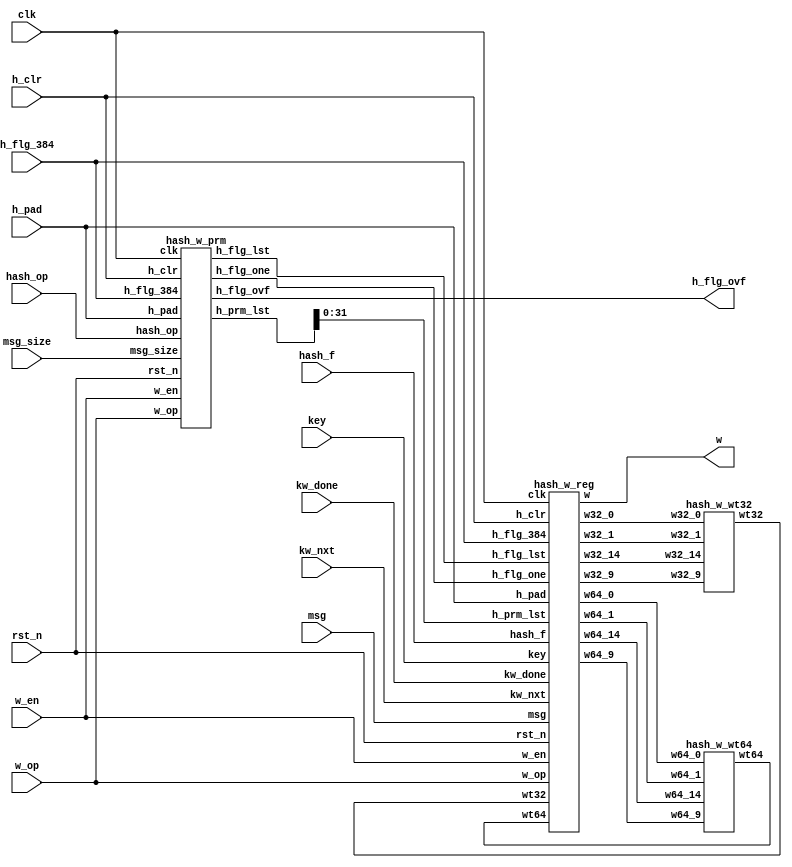
module hash_w (/*AUTOARG*/
   // Outputs
   w, h_flg_ovf,
   // Inputs
   w_op, w_en, rst_n, msg_size, msg, kw_nxt, kw_done, key, hash_op, hash_f,
   h_pad, h_flg_384, h_clr, clk
   ) ;
   /*AUTOINPUT*/
   // Beginning of automatic inputs (from unused autoinst inputs)
   input                clk;                    // To MR of hash_w_reg.v, ...
   input                h_clr;                  // To MR of hash_w_reg.v, ...
   input                h_flg_384;              // To MR of hash_w_reg.v, ...
   input                h_pad;                  // To MR of hash_w_reg.v, ...
   input [511:0]        hash_f;                 // To MR of hash_w_reg.v
   input [3:2]          hash_op;                // To PR of hash_w_prm.v
   input [511:0]        key;                    // To MR of hash_w_reg.v
   input                kw_done;                // To MR of hash_w_reg.v
   input                kw_nxt;                 // To MR of hash_w_reg.v
   input [1023:0]       msg;                    // To MR of hash_w_reg.v
   input [31:0]         msg_size;               // To PR of hash_w_prm.v
   input                rst_n;                  // To MR of hash_w_reg.v, ...
   input                w_en;                   // To MR of hash_w_reg.v, ...
   input [1:0]          w_op;                   // To MR of hash_w_reg.v, ...
   // End of automatics
   /*AUTOOUTPUT*/
   // Beginning of automatic outputs (from unused autoinst outputs)
   output               h_flg_ovf;              // From PR of hash_w_prm.v
   output [63:0]        w;                      // From MR of hash_w_reg.v
   // End of automatics
   /*AUTOREG*/
   /*AUTOWIRE*/
   // Beginning of automatic wires (for undeclared instantiated-module outputs)
   wire                 h_flg_lst;              // From PR of hash_w_prm.v
   wire                 h_flg_one;              // From PR of hash_w_prm.v
   wire [32:0]          h_prm_lst;              // From PR of hash_w_prm.v
   wire [31:0]          w32_0;                  // From MR of hash_w_reg.v
   wire [31:0]          w32_1;                  // From MR of hash_w_reg.v
   wire [31:0]          w32_14;                 // From MR of hash_w_reg.v
   wire [31:0]          w32_9;                  // From MR of hash_w_reg.v
   wire [63:0]          w64_0;                  // From MR of hash_w_reg.v
   wire [63:0]          w64_1;                  // From MR of hash_w_reg.v
   wire [63:0]          w64_14;                 // From MR of hash_w_reg.v
   wire [63:0]          w64_9;                  // From MR of hash_w_reg.v
   wire [31:0]          wt32;                   // From W3 of hash_w_wt32.v
   wire [63:0]          wt64;                   // From W6 of hash_w_wt64.v
   // End of automatics

   hash_w_reg  MR (/*AUTOINST*/
                   // Outputs
                   .w                   (w[63:0]),
                   .w64_0               (w64_0[63:0]),
                   .w64_1               (w64_1[63:0]),
                   .w64_9               (w64_9[63:0]),
                   .w64_14              (w64_14[63:0]),
                   .w32_0               (w32_0[31:0]),
                   .w32_1               (w32_1[31:0]),
                   .w32_9               (w32_9[31:0]),
                   .w32_14              (w32_14[31:0]),
                   // Inputs
                   .clk                 (clk),
                   .rst_n               (rst_n),
                   .msg                 (msg[1023:0]),
                   .key                 (key[511:0]),
                   .hash_f              (hash_f[511:0]),
                   .h_flg_384           (h_flg_384),
                   .h_flg_lst           (h_flg_lst),
                   .h_flg_one           (h_flg_one),
                   .h_prm_lst           (h_prm_lst[31:0]),
                   .h_clr               (h_clr),
                   .h_pad               (h_pad),
                   .w_op                (w_op[1:0]),
                   .w_en                (w_en),
                   .kw_done             (kw_done),
                   .kw_nxt              (kw_nxt),
                   .wt32                (wt32[31:0]),
                   .wt64                (wt64[63:0]));
   hash_w_wt32 W3 (/*AUTOINST*/
                   // Outputs
                   .wt32                (wt32[31:0]),
                   // Inputs
                   .w32_0               (w32_0[31:0]),
                   .w32_1               (w32_1[31:0]),
                   .w32_9               (w32_9[31:0]),
                   .w32_14              (w32_14[31:0]));
   hash_w_wt64 W6 (/*AUTOINST*/
                   // Outputs
                   .wt64                (wt64[63:0]),
                   // Inputs
                   .w64_0               (w64_0[63:0]),
                   .w64_1               (w64_1[63:0]),
                   .w64_9               (w64_9[63:0]),
                   .w64_14              (w64_14[63:0]));
   hash_w_prm  PR (/*AUTOINST*/
                   // Outputs
                   .h_flg_lst           (h_flg_lst),
                   .h_flg_ovf           (h_flg_ovf),
                   .h_flg_one           (h_flg_one),
                   .h_prm_lst           (h_prm_lst[32:0]),
                   // Inputs
                   .clk                 (clk),
                   .rst_n               (rst_n),
                   .msg_size            (msg_size[31:0]),
                   .h_clr               (h_clr),
                   .h_pad               (h_pad),
                   .hash_op             (hash_op[3:2]),
                   .w_op                (w_op[1:0]),
                   .w_en                (w_en),
                   .h_flg_384           (h_flg_384));


endmodule // hash_w

module hash_w_reg (/*AUTOARG*/
   // Outputs
   w, w64_0, w64_1, w64_9, w64_14, w32_0, w32_1, w32_9, w32_14,
   // Inputs
   clk, rst_n, msg, key, hash_f, h_flg_384, h_flg_lst, h_flg_one, h_prm_lst,
   h_clr, h_pad, w_op, w_en, kw_done, kw_nxt, wt32, wt64
   ) ;
   // System Input
   input          clk, rst_n;
   // External Input Data
   input [1023:0] msg;
   input [511:0]  key;
   input [511:0]  hash_f;
   // Parameter Input
   input          h_flg_384;
   input          h_flg_lst;
   input          h_flg_one;
   input [31:0]   h_prm_lst;
   // Cu
   input          h_clr;
   input          h_pad;
   input [1:0]    w_op;
   input          w_en;
   // KW OP
   input          kw_done;
   input          kw_nxt;
   input [31:0]   wt32;
   input [63:0]   wt64;
   // W Out
   output [63:0]  w;
   output [63:0]  w64_0;
   output [63:0]  w64_1;
   output [63:0]  w64_9;
   output [63:0]  w64_14;
   output [31:0]  w32_0;
   output [31:0]  w32_1;
   output [31:0]  w32_9;
   output [31:0]  w32_14;

   wire [63:0]    w64_0;
   wire [63:0]    w64_1;
   wire [63:0]    w64_9;
   wire [63:0]    w64_14;
   wire [31:0]    w32_0;
   wire [31:0]    w32_1;
   wire [31:0]    w32_9;
   wire [31:0]    w32_14;

   reg [1023:0]   wr_nxt;
   reg [7:0]      wr[0:127];
   reg [63:0]     w;


   assign w64_0  = {wr[  0],wr[  1],wr[  2],wr[  3],wr[  4],wr[  5],wr[  6],wr[  7]};
   assign w64_1  = {wr[  8],wr[  9],wr[ 10],wr[ 11],wr[ 12],wr[ 13],wr[ 14],wr[ 15]};
   assign w64_9  = {wr[ 72],wr[ 73],wr[ 74],wr[ 75],wr[ 76],wr[ 77],wr[ 78],wr[ 79]};
   assign w64_14 = {wr[112],wr[113],wr[114],wr[115],wr[116],wr[117],wr[118],wr[119]};

   assign w32_0  = {wr[ 0],wr[ 1],wr[ 2],wr[ 3]};
   assign w32_1  = {wr[ 4],wr[ 5],wr[ 6],wr[ 7]};
   assign w32_9  = {wr[36],wr[37],wr[38],wr[39]};
   assign w32_14 = {wr[56],wr[57],wr[58],wr[59]};

   wire [6:0]     h_prm_one;

   assign h_prm_one  = h_flg_384 ? h_prm_lst[6:0] : {1'b0, h_prm_lst[5:0]};

   localparam I_KPAD = 8'h36;
   localparam O_KPAD = 8'h5C;

   wire   [1023:0] key_pad;
   assign key_pad = {key, 512'd0};

   always @ (*) begin
      case (w_op)
        2'b00 : wr_nxt = msg;
        2'b01 : wr_nxt = key_pad ^ {128{I_KPAD}};
        2'b10 : wr_nxt = key_pad ^ {128{O_KPAD}};
        2'b11 : wr_nxt = {hash_f, 512'd0};
      endcase // case (w_op)
   end

   wire [7:0]   wra [0:127];

   genvar       gv;
   generate
      for(gv = 0 ; gv < 128 ; gv = gv + 1) begin : msg_array
         assign wra[gv] = wr_nxt[8*(128-gv)-1:8*(127-gv)];
      end
   endgenerate

   integer      i;

   always @ (posedge clk or negedge rst_n) begin
      if(!rst_n) begin
         for(i = 0 ; i < 128 ; i = i + 1) begin
            wr[i] <= 32'd0;
         end
      end else begin
         if(h_clr | kw_done) begin
            for(i = 0 ; i < 128 ; i = i + 1) begin
               wr[i] <= 8'h00;
            end
         end else if(w_en) begin
            for(i = 0 ; i < 128 ; i = i + 1) begin
               wr[i] <= wra[i];
            end
         end else if(h_pad) begin
            if(h_flg_one) begin
               wr[h_prm_one] <= 8'h80;
            end
            if(h_flg_lst) begin
               if(h_flg_384) begin
                  {wr[123], wr[124], wr[125], wr[126], wr[127]} <= {4'd0, h_prm_lst, 3'd0};
               end else begin
                  {wr[59], wr[60], wr[61], wr[62], wr[63]} <= {4'd0, h_prm_lst, 3'd0};
               end
            end
         end else if(kw_nxt) begin
            if(h_flg_384) begin
               for(i = 0 ; i < 120 ; i = i + 1) begin
                  wr[i] <= wr[i+8];
               end
               {wr[120],wr[121],wr[122],wr[123],wr[124],wr[125],wr[126],wr[127]} <= wt64;
            end else begin
               for(i = 0 ; i < 60 ; i = i + 1) begin
                  wr[i] <= wr[i+4];
               end
               {wr[60], wr[61], wr[62], wr[63]} <= wt32;
            end
         end
      end
   end

   always @ (*) begin
      if(h_flg_384) begin
         w = {wr[0],wr[1],wr[2],wr[3],wr[4],wr[5],wr[6],wr[7]};
      end else begin
         w = {wr[0],wr[1],wr[2],wr[3],32'd0};
      end
   end

endmodule // hash_w_reg

module hash_w_wt32 (/*AUTOARG*/
   // Outputs
   wt32,
   // Inputs
   w32_0, w32_1, w32_9, w32_14
   );
   input  [31:0]   w32_0;
   input  [31:0]   w32_1;
   input  [31:0]   w32_9;
   input  [31:0]   w32_14;
   output [31:0]   wt32;

   wire [31:0]     w32_1_ror7;
   wire [31:0]     w32_1_ror18;
   wire [31:0]     w32_1_rsh3;
   wire [31:0]     s32_0;
   wire [31:0]     w32_14_ror17;
   wire [31:0]     w32_14_ror19;
   wire [31:0]     w32_14_rsh10;
   wire [31:0]     s32_1;
   wire [31:0]     wt32;

   assign w32_1_ror7    = {w32_1[6:0] , w32_1[31:7]};
   assign w32_1_ror18   = {w32_1[17:0], w32_1[31:18]};
   assign w32_1_rsh3    = {3'b000  , w32_1[31:3]};
   assign s32_0         = w32_1_ror7 ^ w32_1_ror18 ^ w32_1_rsh3;
   assign w32_14_ror17  = {w32_14[16:0], w32_14[31:17]};
   assign w32_14_ror19  = {w32_14[18:0], w32_14[31:19]};
   assign w32_14_rsh10  = {10'd0, w32_14[31:10]};
   assign s32_1         = w32_14_ror17 ^ w32_14_ror19 ^ w32_14_rsh10;
   assign wt32          = w32_0 + s32_0 + w32_9 + s32_1;
endmodule // hash_w_wt32

module hash_w_wt64 (/*AUTOARG*/
   // Outputs
   wt64,
   // Inputs
   w64_0, w64_1, w64_9, w64_14
   );
   input  [63:0]   w64_0;
   input  [63:0]   w64_1;
   input  [63:0]   w64_9;
   input  [63:0]   w64_14;
   output [63:0]   wt64;

   wire [63:0]     w64_1_ror1;
   wire [63:0]     w64_1_ror8;
   wire [63:0]     w64_1_rsh7;
   wire [63:0]     s64_0;
   wire [63:0]     w64_14_ror19;
   wire [63:0]     w64_14_ror61;
   wire [63:0]     w64_14_rsh6;
   wire [63:0]     s64_1;
   wire [63:0]     wt64;

   assign w64_1_ror1    = {w64_1[0]   , w64_1[63:1]};
   assign w64_1_ror8    = {w64_1[7:0] , w64_1[63:8]};
   assign w64_1_rsh7    = {6'd0       , w64_1[63:7]};
   assign s64_0         = w64_1_ror1 ^ w64_1_ror8 ^ w64_1_rsh7;
   assign w64_14_ror19  = {w64_14[18:0], w64_14[63:19]};
   assign w64_14_ror61  = {w64_14[60:0], w64_14[63:61]};
   assign w64_14_rsh6   = {6'd0,         w64_14[63:6] };
   assign s64_1         = w64_14_ror19 ^ w64_14_ror61 ^ w64_14_rsh6;
   assign wt64          = w64_0 + s64_0 + w64_9 + s64_1;
endmodule // hash_w_wt64

module hash_w_prm (/*AUTOARG*/
   // Outputs
   h_flg_lst, h_flg_ovf, h_flg_one, h_prm_lst,
   // Inputs
   clk, rst_n, msg_size, h_clr, h_pad, hash_op, w_op, w_en, h_flg_384
   ) ;
   // System Input
   input          clk, rst_n;
   // External Input Data
   input [31:0]   msg_size;
   // Cu
   input          h_clr;
   input          h_pad;
   // W
   input [3:2]    hash_op;
   input [1:0]    w_op;
   input          w_en;

   input          h_flg_384;

   output         h_flg_lst;
   output         h_flg_ovf;
   output         h_flg_one;

   output [32:0]  h_prm_lst;

   /* Output Type */
   wire           h_flg_lst;
   wire           h_flg_one;
   wire           h_flg_ovf;

   reg [32:0]     h_prm_lst;


   /* Pad Flag Variable Assignment */
   // MSG SIZE PADDING Occure Overflow Flag
   reg            flg_ovf;

   always @ (posedge clk or negedge rst_n) begin
      if(!rst_n) begin
         flg_ovf <= 1'b0;
      end else begin
         if(w_en) begin
            flg_ovf <= 1'b0;
         end else if (h_pad & !flg_ovf) begin
            flg_ovf <= 1'b1;
         end else if (h_pad & flg_ovf) begin
            flg_ovf <= 1'b0;
         end
      end
   end

   assign h_flg_ovf = flg_ovf & h_flg_lst;

   // Pad Flag Variable
   wire       pad_lst_384;
   wire       pad_lst_256;
   wire [6:0] h_prm_one;

   assign h_prm_one  = h_flg_384 ? h_prm_lst[6:0] : {1'b0, h_prm_lst[5:0]};
   assign pad_lst_384 = (h_prm_one < 7'd112) ? !flg_ovf : flg_ovf;
   assign pad_lst_256 = (h_prm_one < 7'd56 ) ? !flg_ovf : flg_ovf;

   // Output Assignment
   assign h_flg_lst   = h_flg_384 ? pad_lst_384 : pad_lst_256;
   assign h_flg_one   = !flg_ovf;

   // Output Assignment
   reg  [32:0]  lst_nxt;
   wire [32:0]  hmsg_384_size;
   wire [32:0]  hmsg_256_size;
   wire [32:0]  hmsg_size;
   wire [32:0]  msg_size_i;
   wire [32:0]  hmac_size;

   assign hmsg_384_size = msg_size + 32'd128;
   assign hmsg_256_size = msg_size + 32'd64;
   assign hmsg_size     = hash_op[2] ? hmsg_384_size : hmsg_256_size;
   assign msg_size_i    = hash_op[3] ? hmsg_size : msg_size;
   assign hmac_size     = h_flg_384 ? 33'd176 : 33'd96;

   always @ (*) begin
      case (w_op)
        2'b00 : lst_nxt = msg_size_i;
        2'b01 : lst_nxt = 33'd0;
        2'b10 : lst_nxt = 33'd0;
        2'b11 : lst_nxt = hmac_size;
      endcase // case (w_op)
   end

   /* Internal PRM Register */
   always @ (posedge clk or negedge rst_n) begin
      if(!rst_n) begin
         h_prm_lst <= 32'd0;
      end else begin
         if(h_clr) begin
            h_prm_lst <= 32'd0;
         end else if(w_en) begin
            h_prm_lst <= lst_nxt;
         end
      end
   end
endmodule // hash_w_prm